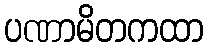
ပဏာမိတကထာ